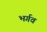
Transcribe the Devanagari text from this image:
भर्गव